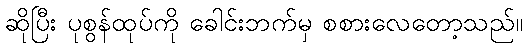
ဆိုပြီး ပုစွန်ထုပ်ကို ခေါင်းဘက်မှ စစားလေတော့သည်။